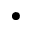
\bullet